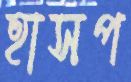
হাসপ